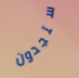
ستجدون